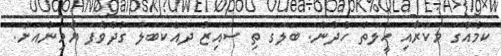
ކަމެއްގަ މަކަރާއި ހީލަތް ހެދުން. ބަލަގަ ތި ސައިޒު ދައްކަބަލަ ގުދުވެފަ ޔާމިނުއަށް.